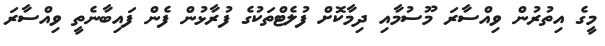
މީގެ އިތުރުން ވިއްސާރަ މޫސުމާއި ދިމާކޮށް ފުލެޓްތަކުގެ ފުރާޅުން ފެން ފައިބާނެތީ ވިއްސާރަ